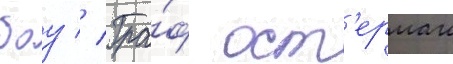
боу // Гра́ф ост'ерман